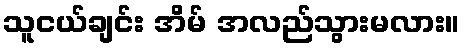
သူငယ်ချင်း အိမ် အလည်သွားမလား။